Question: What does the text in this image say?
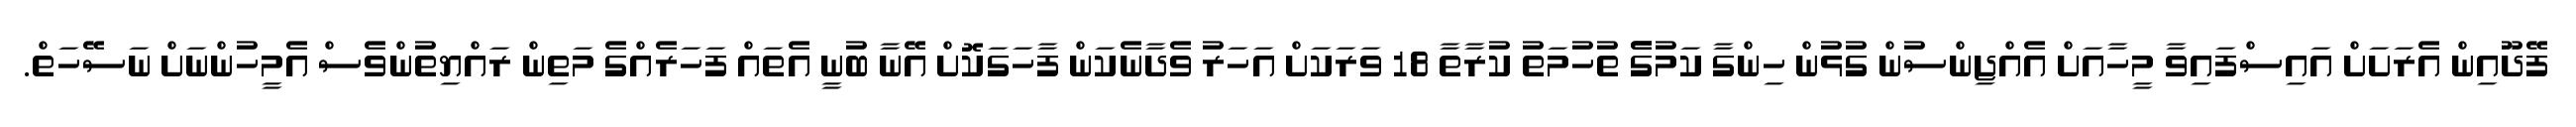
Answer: ފޭދޫއިން އެރަށަށް އައިސްފައިވާ މީހާއަށް އެއްޖިންސުން ގުޅުން ހިންގާ ކަމުގެެ ތުހުމަތު ކުރާތާ 18 ވަރަކަށް އަހަރު ވެދާނެކަން ފާހަގަކޮށް އޭނާ ބުނީ އެތައް ފަހަރެއްގެ މަތިން ރައްޔިތުންވެސް އެމީހުންނަށް ނަސޭހަތް.